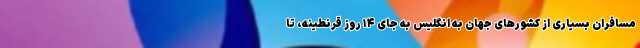
مسافرانِ بسیاری از کشورهای جهان به انگلیس به جای ۱۴ روز قرنطینه، تا